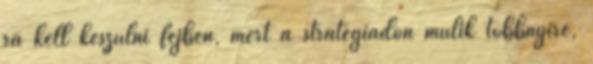
rá kell készülni fejben, mert a stratégiádon múlik többnyire,